Plague in India, 1896, 1897 - Volume 1
Year: 1896
Disease focus: Plague
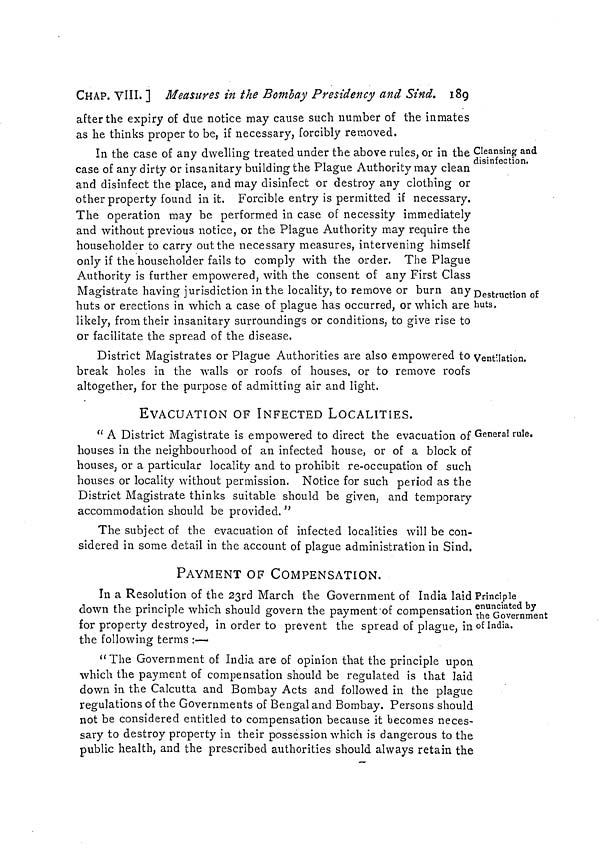
CHAP. VIII. ] Measures in the Bombay Presidency and Sind. 189
after the expiry of due notice may cause such number of the inmates
as he thinks proper to be, if necessary, forcibly removed.
Cleansing and
disinfection.
Destruction of
huts.
In the case of any dwelling treated under the above rules, or in the
case of any dirty or insanitary building the Plague Authority may clean
and disinfect the place, and may disinfect or destroy any clothing or
other property found in it, Forcible entry is permitted if necessary.
The operation may be performed in case of necessity immediately
and without previous notice, or the Plague Authority may require the
householder to carry out the necessary measures, intervening himself
only if the householder fails to comply with the order. The Plague
Authority is further empowered, with the consent of any First Class
Magistrate having jurisdiction in the locality, to remove or burn any
huts or erections in which a case of plague has occurred, or which are
likely, from their insanitary surroundings or conditions, to give rise to
or facilitate the spread of the disease.
Ventilation.
District Magistrates or Plague Authorities are also empowered to
break holes in the walls or roofs of houses, or to remove roofs
altogether, for the purpose of admitting air and light.
General rule.
EVACUATION OF INFECTED LOCALITIES.
" A District Magistrate is empowered to direct the evacuation of
houses in the neighbourhood of an infected house, or of a block of
houses, or a particular locality and to prohibit re-occupation of such
houses or locality without permission. Notice for such period as the
District Magistrate thinks suitable should be given, and temporary
accommodation should be provided. "
The subject of the evacuation of infected localities will be con-
sidered in some detail in the account of plague administration in Sind.
PAYMENT OF COMPENSATION.
Principle
enunciated by
the Government
of India.
In a Resolution of the 23rd March the Government of India laid ]
down the principle which should govern the payment of compensation
for property destroyed, in order to prevent the spread of plague, in
the following terms :—
"The Government of India are of opinion that the principle upon
which the payment of compensation should be regulated is that laid
down in the Calcutta and Bombay Acts and followed in the plague
regulations of the Governments of Bengal and Bombay. Persons should
not be considered entitled to compensation because it becomes neces-
sary to destroy property in their possession which is dangerous to the
public health, and the prescribed authorities should always retain the